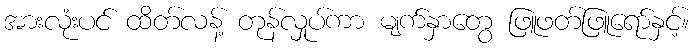
အားလုံးပင် ထိတ်လန့် တုန်လှုပ်ကာ မျက်နှာတွေ ဖြူဖတ်ဖြူရော်နှင့်။